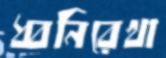
ধ্বনিরেখা